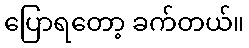
ပြောရတော့ ခက်တယ်။